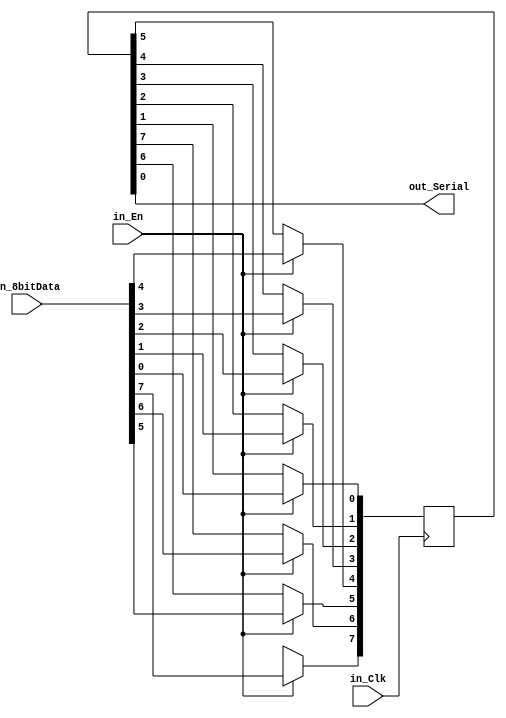
module glenn_PISO(
	input in_Clk,
	input [7:0]in_8bitData,
	input in_En,
	output out_Serial
	);
	reg [7:0]reg_Q;
	always@(posedge in_Clk)
	  begin
			if(in_En)
			reg_Q<=in_8bitData;
			else
			begin
			reg_Q[0]<=reg_Q[1];
         reg_Q[1]<=reg_Q[2];
         reg_Q[2]<=reg_Q[3];
         reg_Q[3]<=reg_Q[4];
         reg_Q[4]<=reg_Q[5];
         reg_Q[5]<=reg_Q[6];
         reg_Q[6]<=reg_Q[7];
         reg_Q[7]<=1'bX;
			end
	  end
	assign out_Serial=reg_Q[0];
endmodule